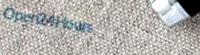
Open24Hours